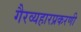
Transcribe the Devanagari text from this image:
गैरव्यहारप्रकरणी